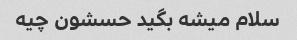
سلام میشه بگید حسشون چیه